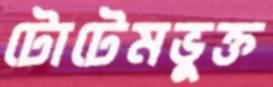
টোটেমভুক্ত